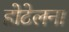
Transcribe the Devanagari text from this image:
होटेलना